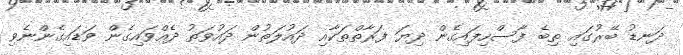
ދަނޑު ބޭރުގައި ތިބެ ފާސްހިފައިގެން ދިޔަ ފަރާތްތަކާއި ދައުލަތުން ދައުވަތު ދެއްވައިގެން ވަޑައިގެންނެވި